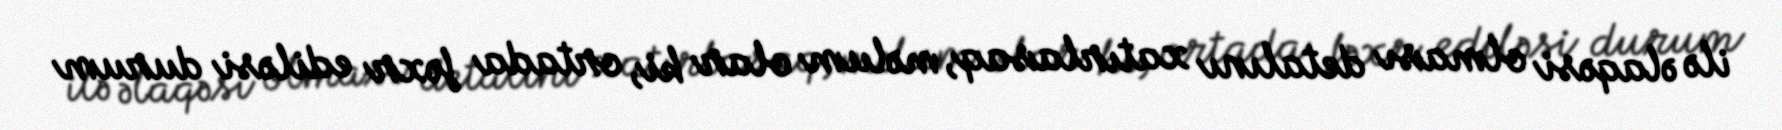
ilə əlaqəsi olması detalını xatırlasaq, məlum olar ki, ortada fəxr ediləsi durum